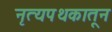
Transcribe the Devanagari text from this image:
नृत्यपथकातून